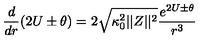
{ \frac { d } { d r } } ( 2 U \pm \theta ) = 2 \sqrt { \kappa _ { 0 } ^ { 2 } | | Z | | ^ { 2 } } { \frac { e ^ { 2 U \pm \theta } } { r ^ { 3 } } }